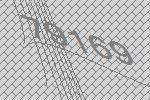
79169